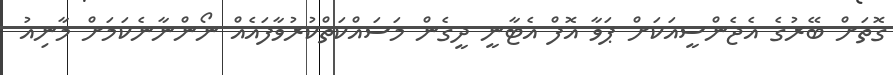
ގޮތަށް ބޭރުގެ އެޖެންސީއަކަށް ޕަވާ އޮފް އެޓާނީ ދީގެން މަސައްކަތްކުރުވާފައެއް ނޯންނާނެކަމަށް މާނިއު